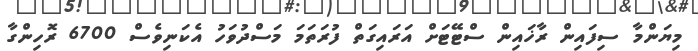
މިޔަންމާ ސިފައިން ރާޚައިން ސްޓޭޓަށް އަރައިގަތް ފުރަތަމަ މަސްދުވަހު އެކަނިވެސް 6700 ރޮހިންގާ